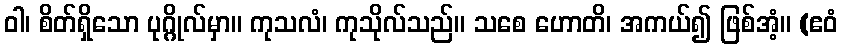
ဝါ၊ စိတ်ရှိသော ပုဂ္ဂိုလ်မှာ။ ကုသလံ၊ ကုသိုလ်သည်။ သစေ ဟောတိ၊ အကယ်၍ ဖြစ်အံ့။ (ဧဝံ